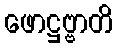
ဖောဋ္ဌဗ္ဗာတိ